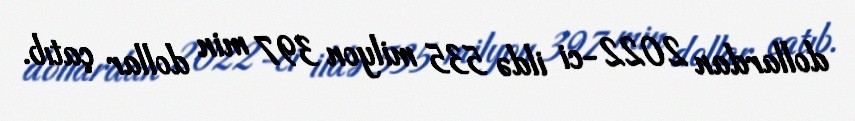
dollardan 2022-ci ildə 535 milyon 397 min dollar çatıb.